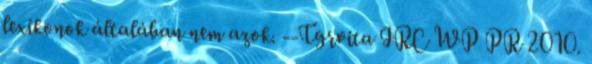
lexikonok általában nem azok. --Tgrvita IRC WP PR 2010.